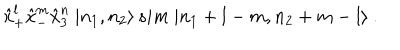
{ \hat { x } } _ { + } ^ { l } { \hat { x } } _ { - } ^ { m } { \hat { x } } _ { 3 } ^ { n } \ | n _ { 1 } , n _ { 2 } \rangle \, s i m \ | n _ { 1 } + l - m , n _ { 2 } + m - l \rangle \ .